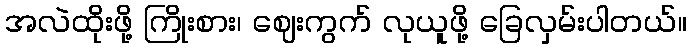
အလဲထိုးဖို့ ကြိုးစား၊ ဈေးကွက် လုယူဖို့ ခြေလှမ်းပါတယ်။